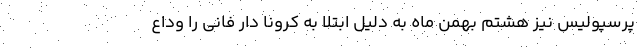
پرسپولیس نیز هشتم بهمن ماه به دلیل ابتلا به کرونا دار فانی را وداع